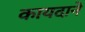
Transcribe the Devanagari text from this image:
कायदाने